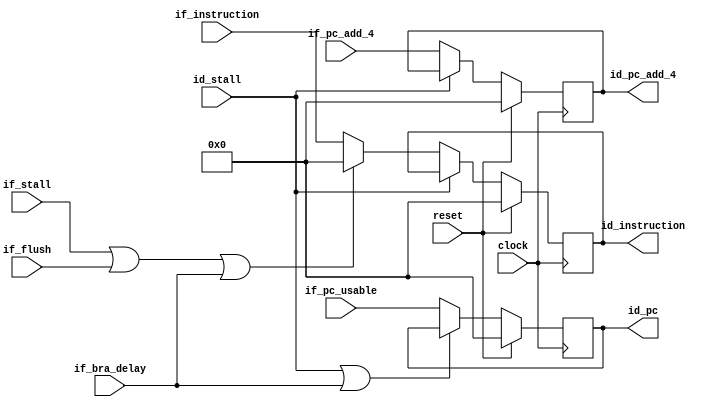
module Instruction_Fetch_Decode_Pipeline (
    input           clock,
    input           reset,
    input           if_flush,
    input           if_stall,
    input           id_stall,
    input           if_bra_delay,
    input [31:0]    if_instruction,
    input [31:0]    if_pc_add_4,
    input [31:0]    if_pc_usable,

    //output reg          id_bra_delay,
    output reg [31:0]   id_instruction,
    output reg [31:0]   id_pc_add_4,
    output reg [31:0]   id_pc
);

    always @ (posedge clock) begin
        //id_instruction = if_instruction if, and only if, there are no stalls, flushes or reset
        id_instruction <= (reset) ? 32'b0 : ( (id_stall) ? id_instruction : ( (if_stall | if_flush | if_bra_delay) ? 32'b0 : if_instruction ) );
        //id_pc_add_4 = if_pc_add_4 if, and only if, there's no stall or we're not reseting
        id_pc_add_4    <= (reset) ? 32'b0 : ( (id_stall) ? id_pc_add_4 : if_pc_add_4);
        //id_bra_delay   <= (reset) ? 1'b0  : ( (id_stall) ? id_bra_delay : if_bra_delay);
        //id_pc = PC to save to the register in case of branch or stall
        id_pc          <= (reset) ? 32'b0 : ( (id_stall | if_bra_delay) ? id_pc : if_pc_usable);
    end

endmodule